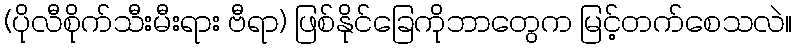
(ပိုလီစိုက်သီးမီးရား ဗီရာ) ဖြစ်နိုင်ခြေကိုဘာတွေက မြင့်တက်စေသလဲ။